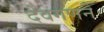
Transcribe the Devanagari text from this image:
देवगणने